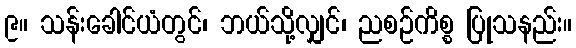
၉။ သန်းခေါင်ယံတွင်၊ ဘယ်သို့လျှင်၊ ညစဉ်ကိစ္စ ပြုသနည်း။